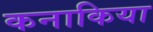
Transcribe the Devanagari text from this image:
कनाकिया